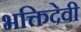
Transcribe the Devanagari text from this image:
भक्तिदेवी